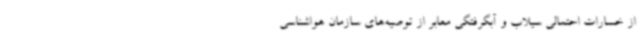
از خسارات احتمالی سیلاب و آبگرفتگی معابر از توصیه‌های سازمان هواشناسی